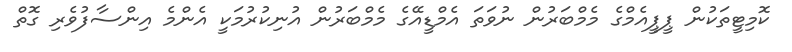
ކޮމިޓީތަކުން ޕީޕީއެމްގެ މެމްބަރުން ނުވަތަ އެމްޑީއޭގެ މެމްބަރުން އުނިކުރުމަކީ އެންމެ އިންސާފުވެރި ގޮތް